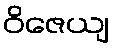
ဝိဇေယျ